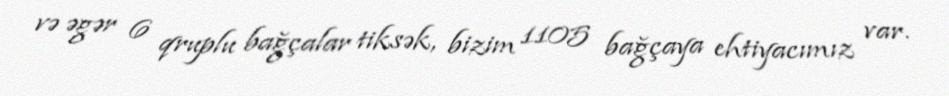
və əgər 6 qruplu bağçalar tiksək, bizim 1105 bağçaya ehtiyacımız var.